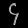
Digit: ၄